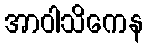
အာဝါသိကေန